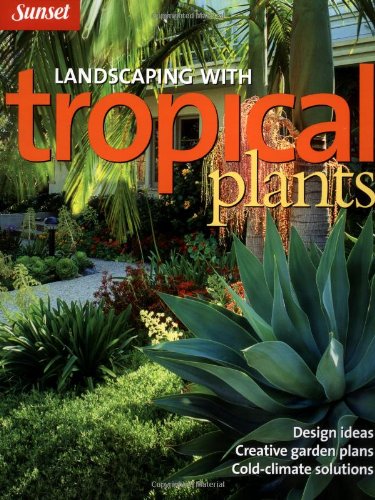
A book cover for Landscaping with Tropical Plants: Design Ideas, Creative Garden Plans, Cold-Climate Solutions; Editors of Sunset Books; Crafts, Hobbies & Home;